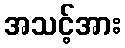
အသင့်အား